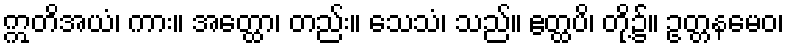
ဣတိအယံ၊ ကား။ အတ္ထော၊ တည်း။ သေသံ၊ သည်။ ဧတ္ထပိ၊ တို့၌။ ဥတ္တနမေဝ၊